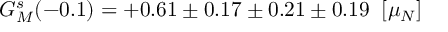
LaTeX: G _ { M } ^ { s } ( - 0 . 1 ) = + 0 . 6 1 \pm 0 . 1 7 \pm 0 . 2 1 \pm 0 . 1 9 \; \; [ \mu _ { N } ]